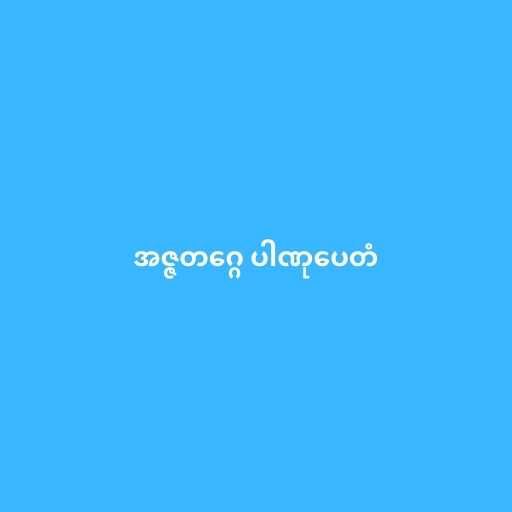
အဇ္ဇတဂ္ဂေ ပါဏုပေတံ